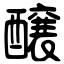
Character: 醸